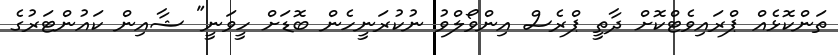
ތަންކޮޅެއް ޕްރައިވެޓްކޮށް ދާތީ ޕްރެސް އިންވޯލްވު ނުކުރަނީހެން ބޮޑަށް ހީވަނީ" ޝާއިން ކައުންޓަރުގެ